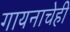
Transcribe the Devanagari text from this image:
गायनाचेही